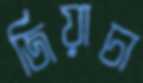
জিয়াচা